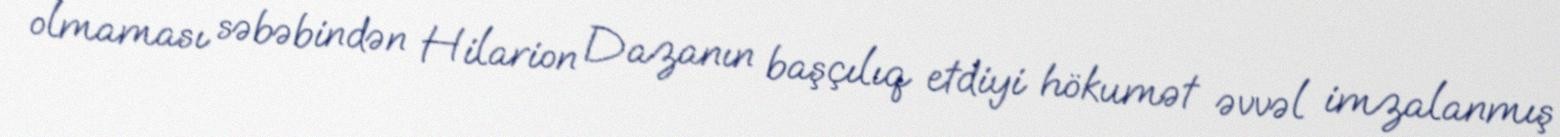
olmaması səbəbindən Hilarion Dazanın başçılıq etdiyi hökumət əvvəl imzalanmış